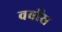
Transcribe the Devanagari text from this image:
वर्बोस